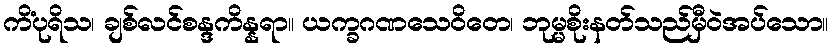
ကိံပုရိသ၊ ချစ်လင်စန္ဒကိန္နရာ။ ယက္ခဂဏသေဝိတေ၊ ဘုမ္မစိုးနတ်သည်မှီဝဲအပ်သော။